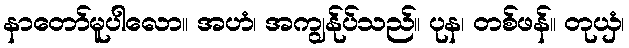
နာတော်မူပါလော။ အဟံ၊ အကျွန်ုပ်သည်။ ပုန၊ တစ်ဖန်။ တုယှံ၊